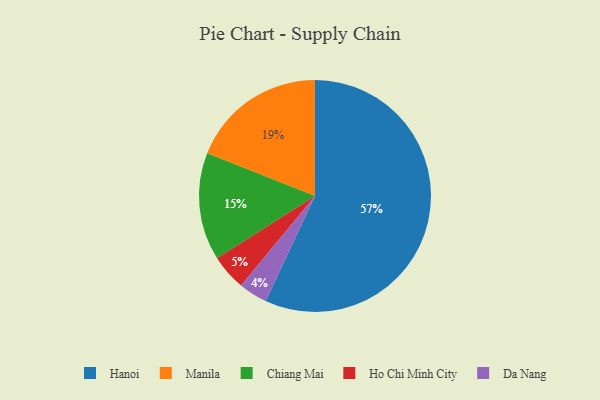
{"axis": {"x": "Category", "y": "Percentage"}, "legend": ["Chiang Mai", "Da Nang", "Hanoi", "Ho Chi Minh City", "Manila"], "data": [{"x": "Ho Chi Minh City", "y": 5, "type": "Ho Chi Minh City"}, {"x": "Da Nang", "y": 4, "type": "Da Nang"}, {"x": "Chiang Mai", "y": 15, "type": "Chiang Mai"}, {"x": "Manila", "y": 19, "type": "Manila"}, {"x": "Hanoi", "y": 57, "type": "Hanoi"}]}